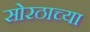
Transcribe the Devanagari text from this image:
सोरठाच्या